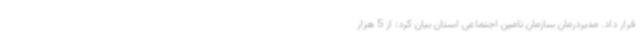
قرار داد. مدیردرمان سازمان تامین اجتماعی استان بیان کرد: از 5 هزار